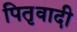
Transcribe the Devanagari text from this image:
पितृवादी